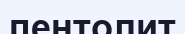
пентолит